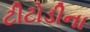
ટીટોડીના